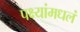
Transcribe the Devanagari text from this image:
पक्ष्यांमधलं